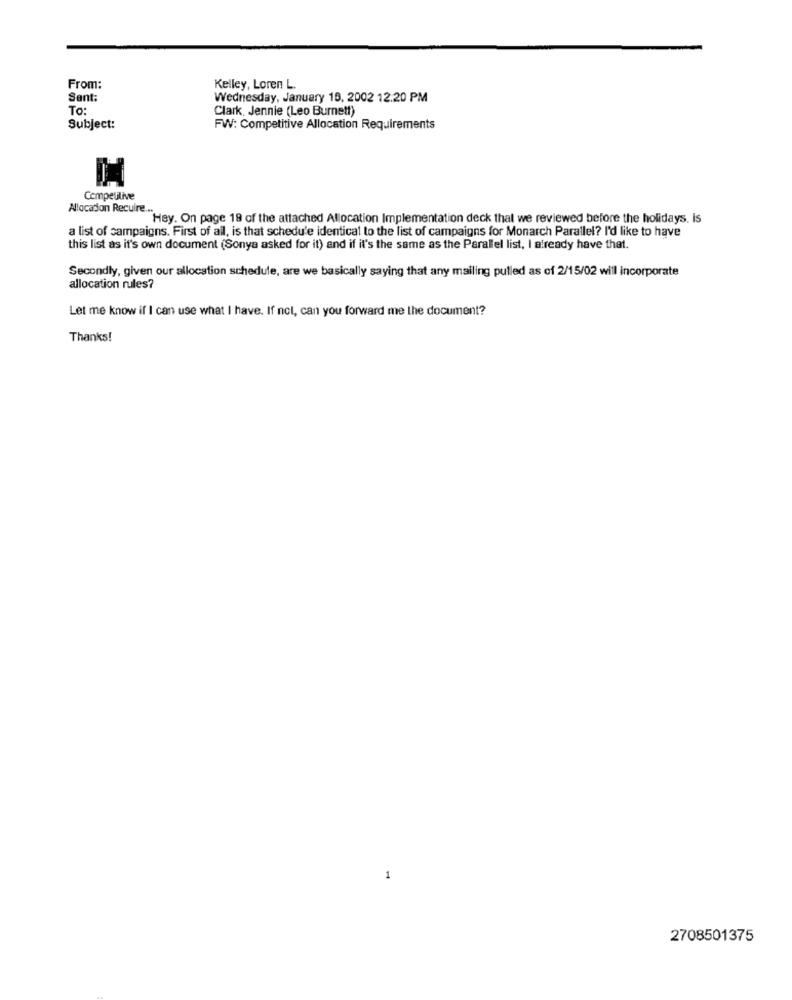
From:
Kelley, Loren L.
Sent:
Wednesday, January 19, 2002 12.20 PM
To:
Clark. Jennie (Leo Burnett)
Subject:
FW: Competitive Allocation Requirements
D
Competitive
Alocation Recuire ...
Hey. On page 19 of the attached Allocation Implementation deck that we reviewed before the holidays. Is
a list of campaigns. First of all, is that schedule identical to the list of campaigns for Monarch Parallel? I'd like to have
this list as it's own document (Sonya asked for it) and if it's the same as the Parallel list, I already have that.
Secondly, given our allocation schedule, are we basically saying that any mailing pulled as of 2/15/02 will incorporate
allocation rules?
Let me know if I can use what I have. If not, can you forward me the document?
Thanks!
1
2708501375